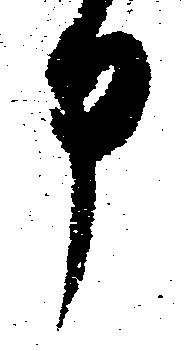
申